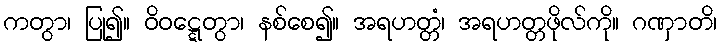
ကတွာ၊ ပြု၍။ ဝိဝဋ္ဋေတွာ၊ နစ်စေ၍။ အရဟတ္တံ၊ အရဟတ္တဖိုလ်ကို။ ဂဏှာတိ၊